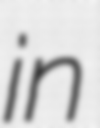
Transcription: in